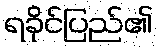
ရခိုင်ပြည်၏